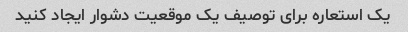
یک استعاره برای توصیف یک موقعیت دشوار ایجاد کنید